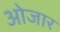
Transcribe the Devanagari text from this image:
ओजार